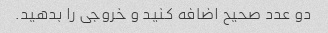
دو عدد صحیح اضافه کنید و خروجی را بدهید.